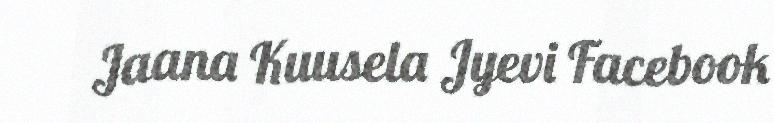
Jaana Kuusela Jyevi Facebook